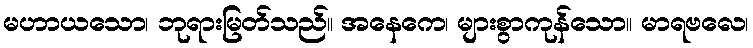
မဟာယသော၊ ဘုရားမြတ်သည်။ အနေကေ၊ များစွာကုန်သော။ မာရဗလေ၊